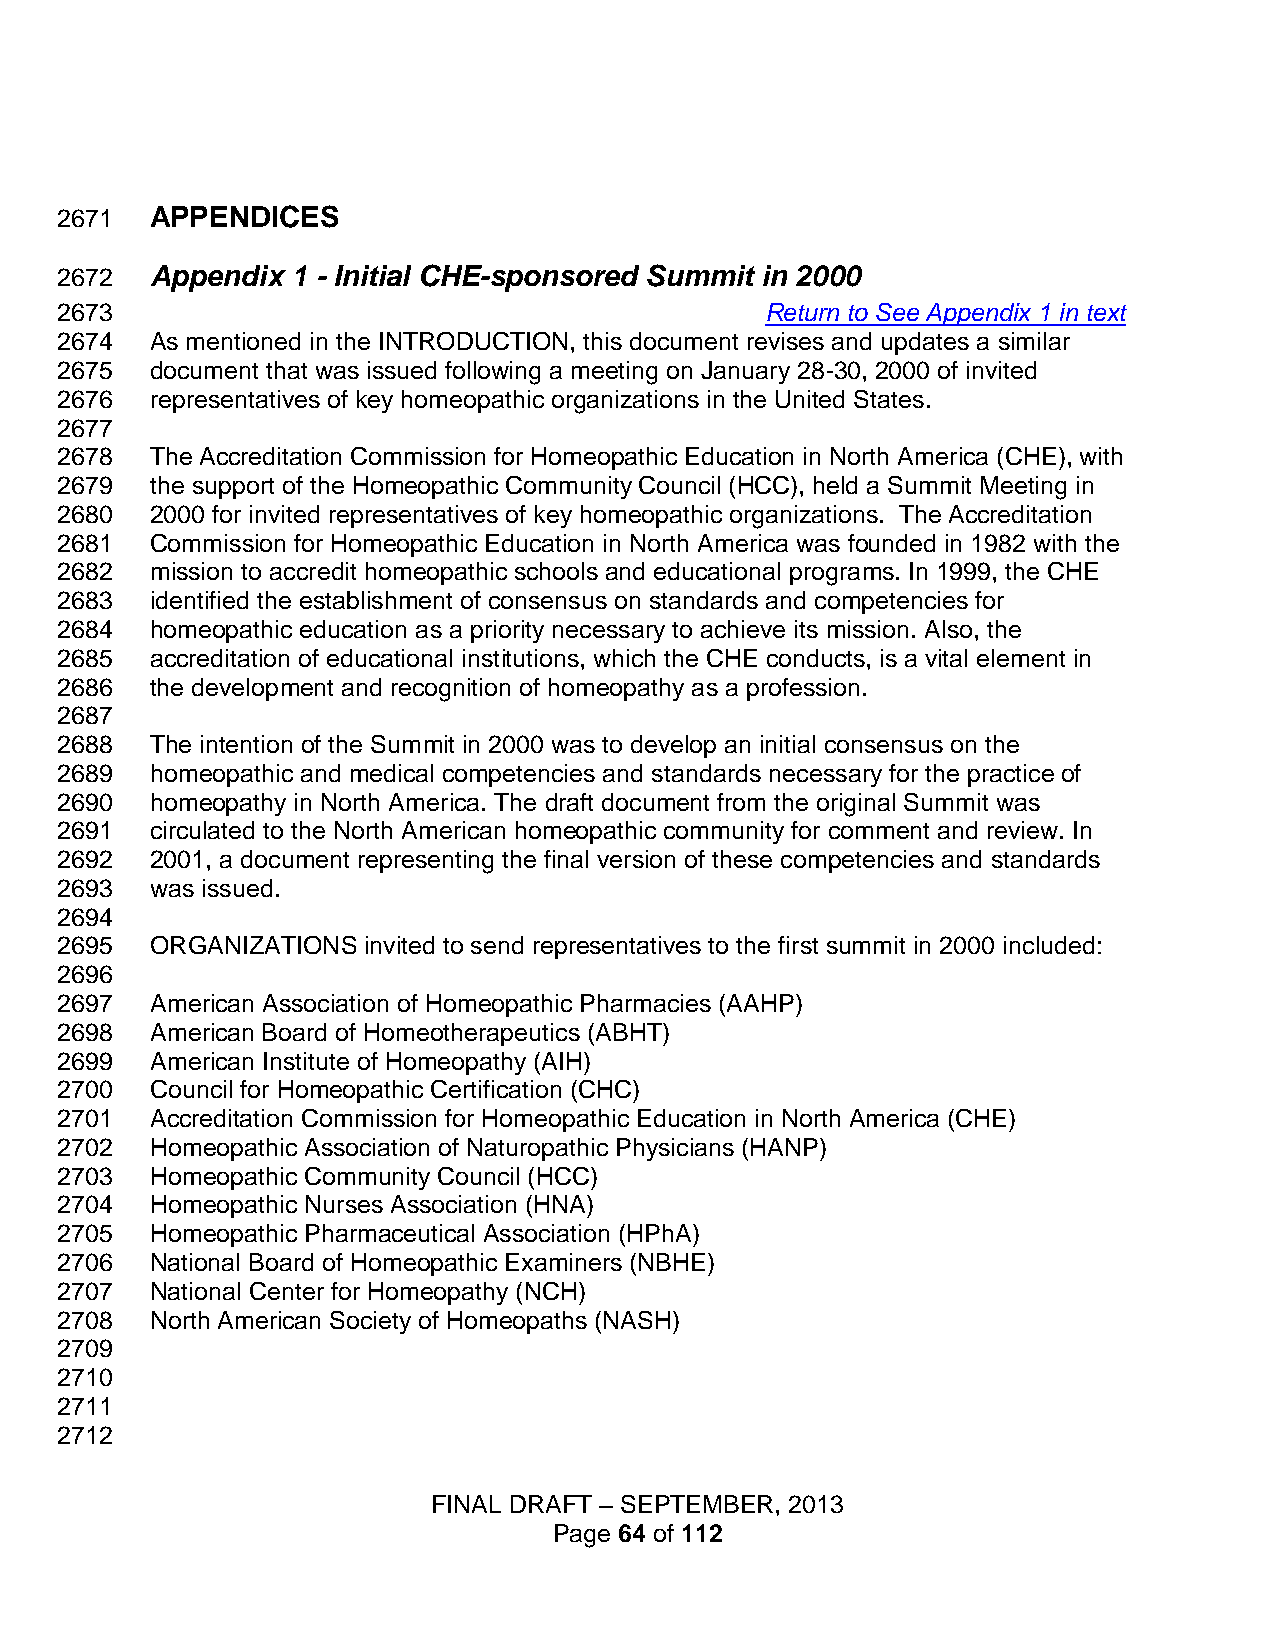
2671  APPENDICES
 2672  Appendix 1 - Initial CHE-sponsored Summit in 2000
 2673                                           Return to See Appendix 1 in text
 2674  As mentioned in the INTRODUCTION, this document revises and updates a similar
 2675  document that was issued following a meeting on January 28-30, 2000 of invited
 2676  representatives of key homeopathic organizations in the United States.
 2677
 2678  The Accreditation Commission for Homeopathic Education in North America (CHE), with
 2679  the support of the Homeopathic Community Council (HCC), held a Summit Meeting in
 2680  2000 for invited representatives of key homeopathic organizations. The Accreditation
 2681  Commission for Homeopathic Education in North America was founded in 1982 with the
 2682  mission to accredit homeopathic schools and educational programs. In 1999, the CHE
 2683  identified the establishment of consensus on standards and competencies for
 2684  homeopathic education as a priority necessary to achieve its mission. Also, the
 2685  accreditation of educational institutions, which the CHE conducts, is a vital element in
 2686  the development and recognition of homeopathy as a profession.
 2687
 2688  The intention of the Summit in 2000 was to develop an initial consensus on the
 2689  homeopathic and medical competencies and standards necessary for the practice of
 2690  homeopathy in North America. The draft document from the original Summit was
 2691  circulated to the North American homeopathic community for comment and review. In
 2692  2001, a document representing the final version of these competencies and standards
 2693  was issued.
 2694
 2695  ORGANIZATIONS invited to send representatives to the first summit in 2000 included:
 2696
 2697  American Association of Homeopathic Pharmacies (AAHP)
 2698  American Board of Homeotherapeutics (ABHT)
 2699  American Institute of Homeopathy (AIH)
 2700  Council for Homeopathic Certification (CHC)
 2701  Accreditation Commission for Homeopathic Education in North America (CHE)
 2702  Homeopathic Association of Naturopathic Physicians (HANP)
 2703  Homeopathic Community Council (HCC)
 2704  Homeopathic Nurses Association (HNA)
 2705  Homeopathic Pharmaceutical Association (HPhA)
 2706  National Board of Homeopathic Examiners (NBHE)
 2707  National Center for Homeopathy (NCH)
 2708  North American Society of Homeopaths (NASH)
 2709
 2710
 2711
 2712
 FINAL DRAFT – SEPTEMBER, 2013
 Page 64 of 112